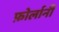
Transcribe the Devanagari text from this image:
फ़ोर्लानी